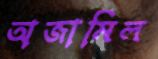
অজামিল